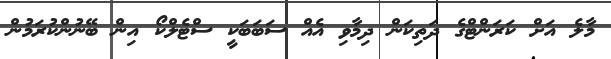
މާލެ އަށް ކަރަންޓްގެ ދަތިކަން ދިމާވި އެއް ސަބަބަކީ ސްޓެލްކޯ އިން ބޭނުންކުރަމުން